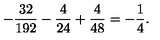
- \frac { 3 2 } { 1 9 2 } - \frac { 4 } { 2 4 } + \frac { 4 } { 4 8 } = - \frac { 1 } { 4 } .